EELK_Paldiski_kogudus, lk 51
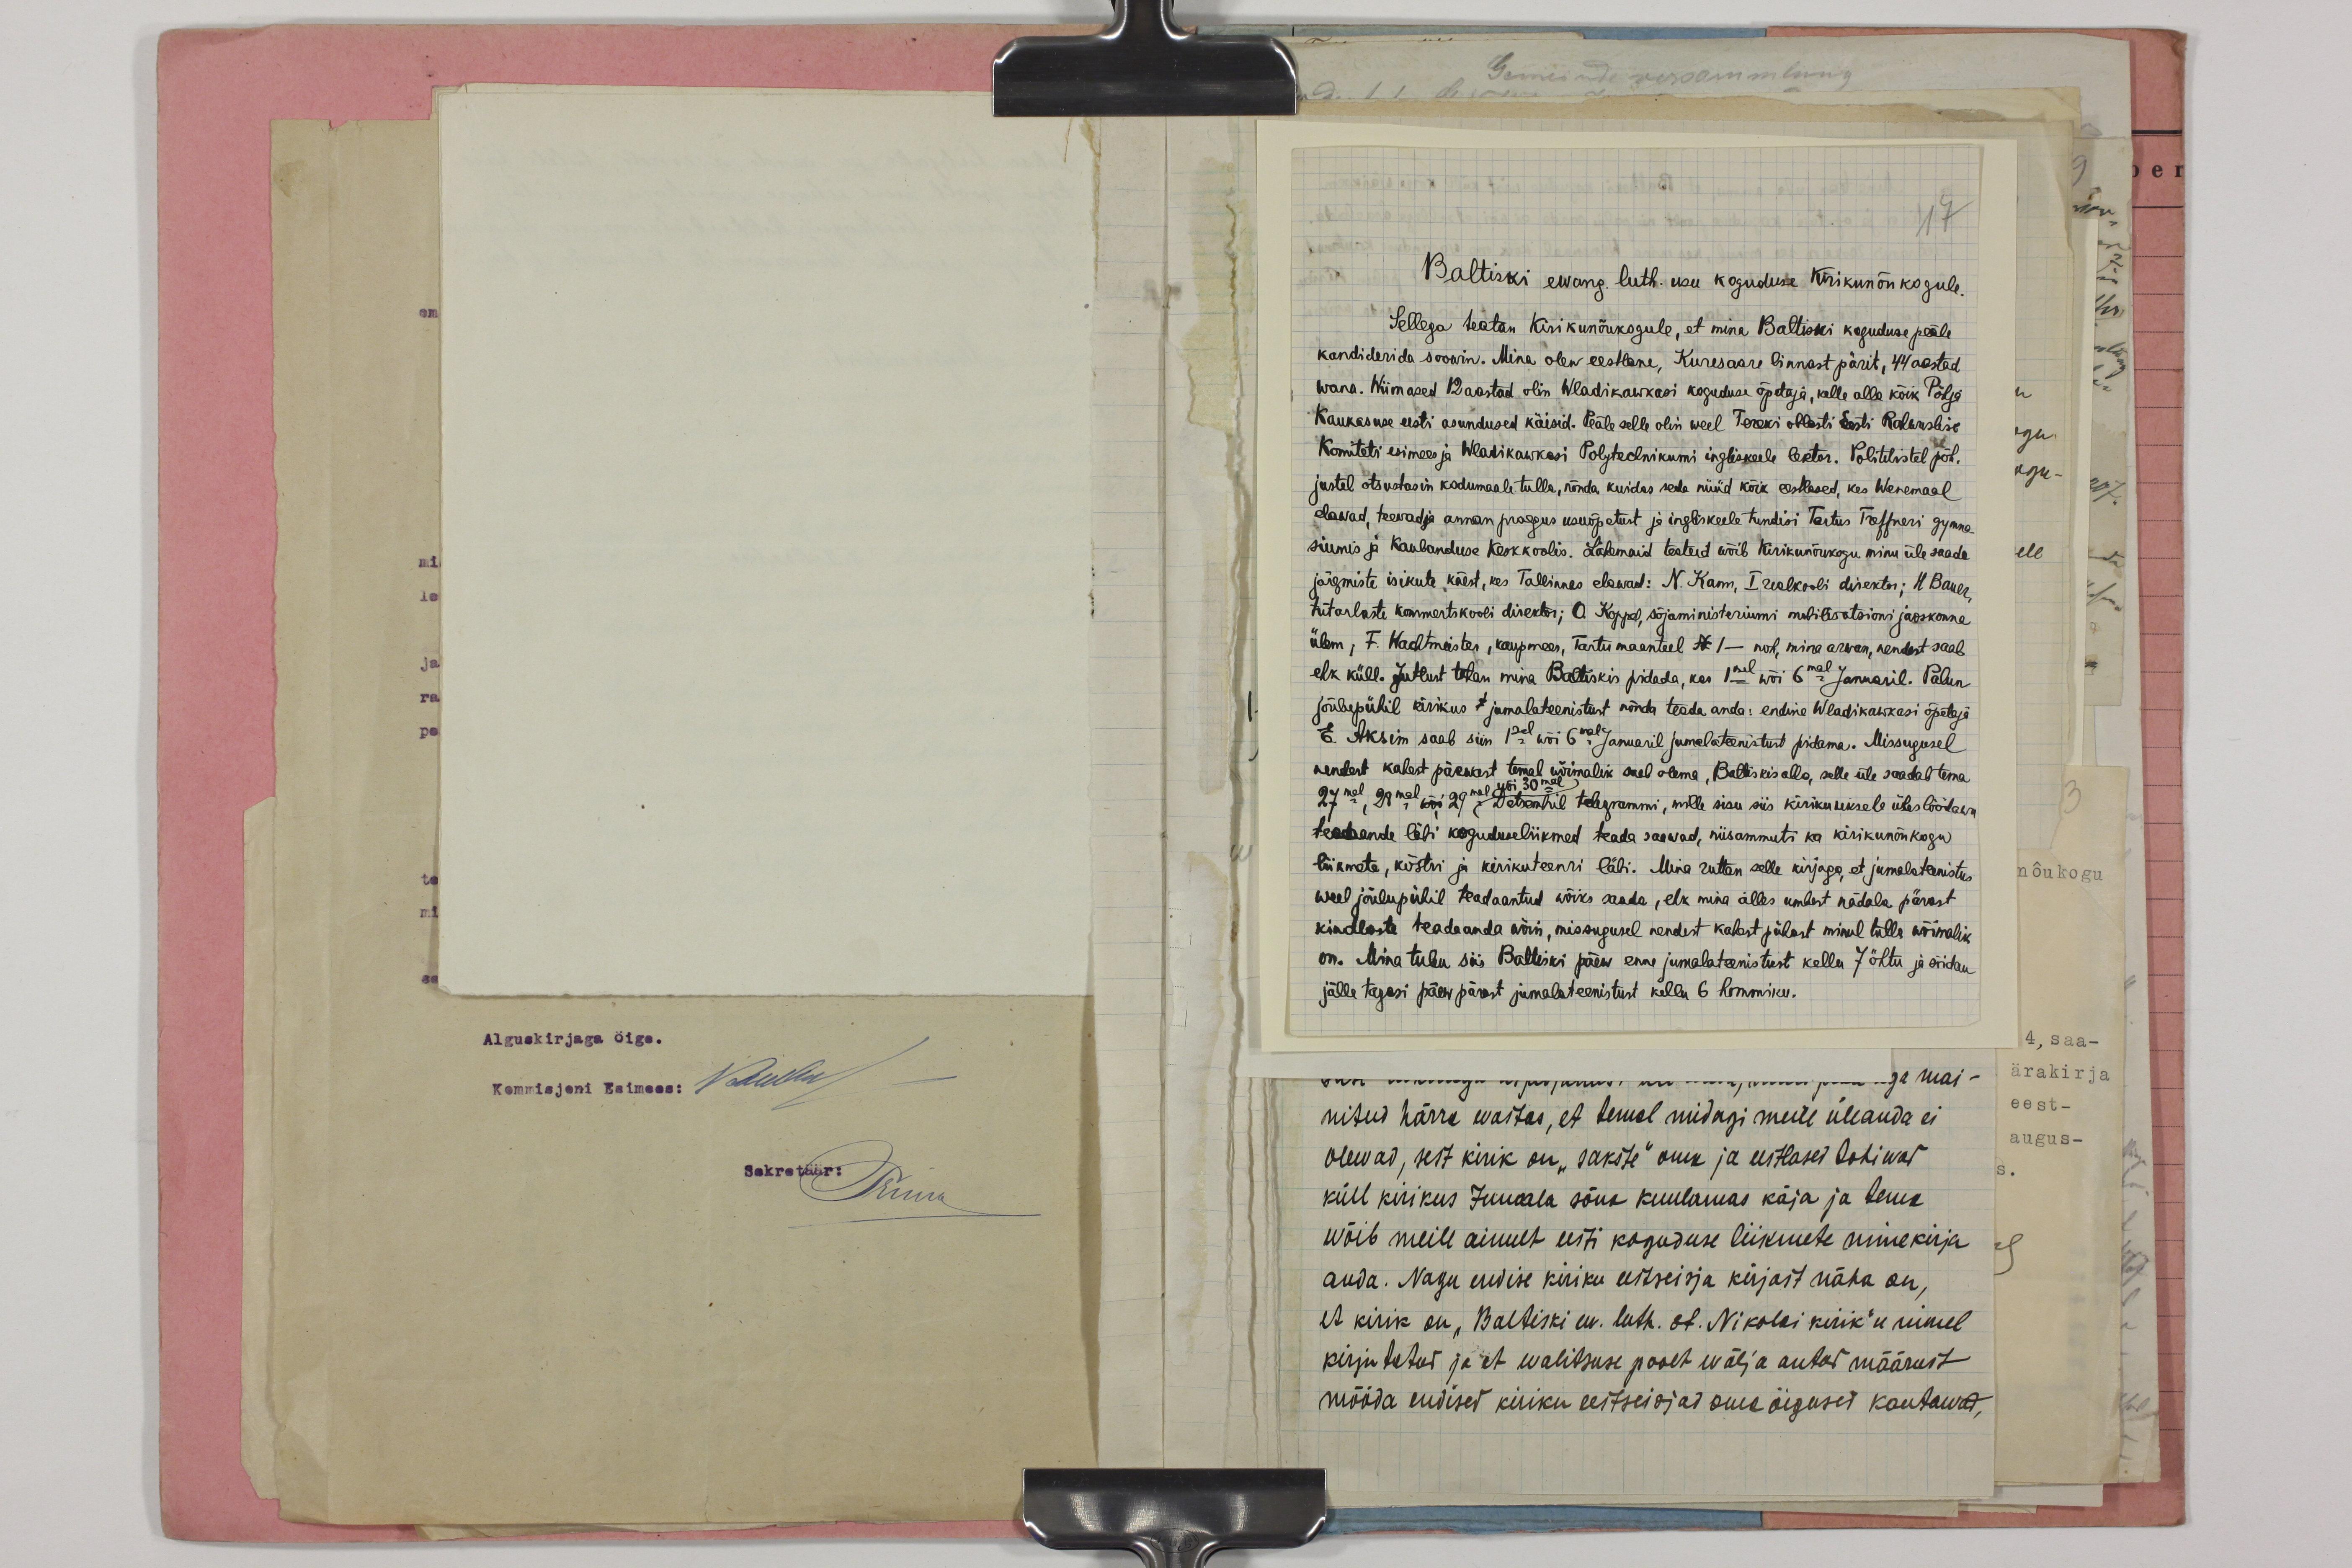
Baltiski ewang. luth. usu koguduse Kirikunõukogule.
Sellega teatan Kirikunõukogule, et mina Baltiski koguduse peale
kandideerida soowin. Mina olen eestlane, Kuresaare linnast pärit, 44 aastad,
wana. Niimased 12 aastad olin Wladikawkasi koguduse õpetaja, kelle alla kõik Põhja
Kaukasuse eesti asundused käisid. Peale selle olin weel Tereki oblasti Eesti Rahwuslise
Komiteti esimees ja Wladikawkosi Polytechnikumi inglisekeele lektor. Politilistel põh-
justel otsustasin kodumaale tulla, nõnda kuidas seda nüüd kõik eestlased, kes Wenemaal
elavad, teevad ja annan praegus usuõpetust ja ingliskeele tundisi Tartus Treffneri gymna-
siumis ja Kaubanduse Keskkoolis. Lähemaid teateid wõib Kirikunõukogu minu üle saada.
järgmiste isikute käest, kes Tallinnas elawad: N. Karm, I realkooli direktor; H. Bauer,
tütarlaste kommertskooli direktor; O. Koppel, sõjaministeriumi mobilisatsioni jaoskonna
ülem, F. Wachtmeister, kaupmees, Tartu maanteel N 1 - noh, mina arwan, nendest saab
ehk küll. Jutlust tahan mina Baltiskis pidada, kas 1sel wõi 6mal Januaril. Palun
jõulupühil kirikus jumalateenistust nõnda teada anda: endine Wladikawkasi õpetaja
E. Aksim saab siin 1sel wõi 6mal Januaril jumalateenistust pidama. Missugusel
nendest kahest päewast temal wõimalik seab olema. Baltiskis alla, selle üle saadab tema
27mal, 28mal, wõi 29mal wõi 30mal Detsembril telegrammi, mille sisu siis kiriku uksele üles löödawa
teadaande läbi koguduseliikmed teada saawad, niisammuti ka kirikunõukogu
liikmete, köstri ja kirikuteenri läbi. Mina ruttan selle kirjaga, et jumalateenistus
weel jõulupühil teadaantud wõiks saada, ehk mina alles umbest nädala pärast
kindlaste teadeanda võin, missugusel nendest kahest pühast minul tulla wõimalik
on. Mina tulu siis Baltiski päew enne jumalatesnistust kella 7 öhtu ja sõidan
jälle tagasi päew pärast jumalateenistust kellu 6 hommiku.